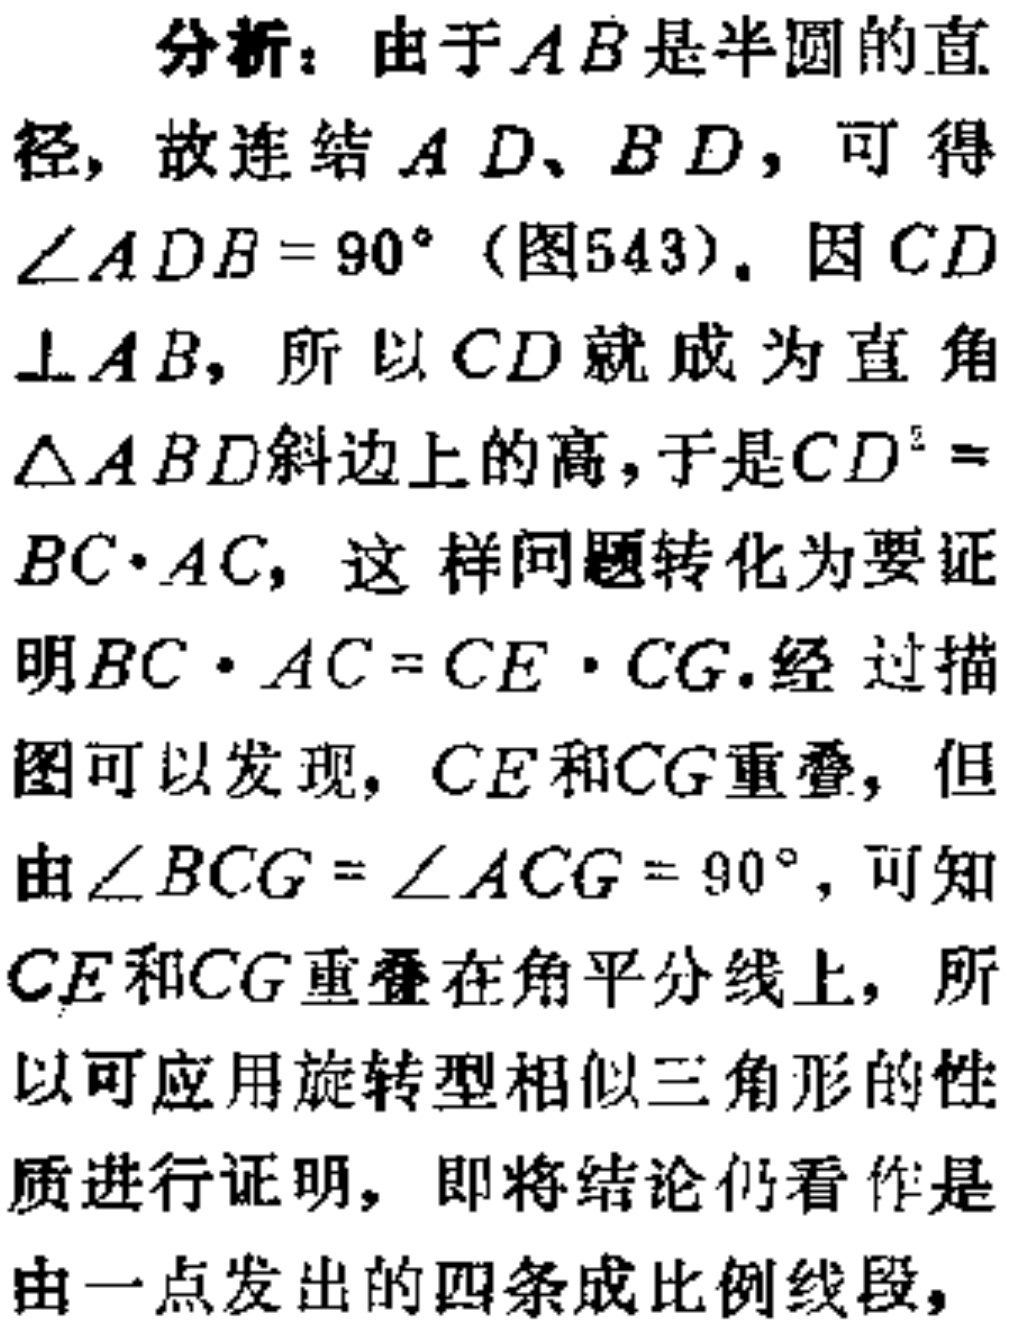
分析：由于\(AB\)是半圆的直
径，故连结\(AD\)、\(BD\)，可得
\(\angle ADB = 90^{\circ}\)（图543）。因\(CD\)
\(\perp AB\)，所以\(CD\)就成为直角
\(\triangle ABD\)斜边上的高，于是\(CD^{2}=\)
\(BC\cdot AC\)，这样问题转化为要证
明\(BC\cdot AC = CE\cdot CG\).经 过描
图可以发现，\(CE\)和\(CG\)重叠，但
由\(\angle BCG = \angle ACG = 90^{\circ}\)，可知
\(CE\)和\(CG\)重叠在角平分线上，所
以可应用旋转型相似三角形的性
质进行证明，即将结论仍看作是
由一点发出的四条成比例线段，